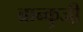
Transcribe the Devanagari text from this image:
ब्रान्कुजी़